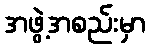
အဖွဲ့အစည်းမှာ